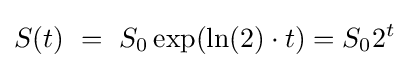
S(t)\ =\ S_{0}\exp(\ln(2)\cdot t)=S_{0}2^{t}